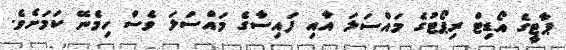
ޕާޓީގެ އޯޑިޓް ރިޕޯޓުގެ މައްސަލަ އާއި ފައިސާގެ މައްސަލަ ވެސް ހިމެނޭ ކަމަށެވެ.